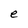
Character: e